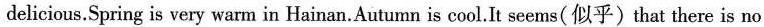
delicious.Spring is very warm in Hainan.Autumn is cool.It seems(似乎)that there is no